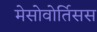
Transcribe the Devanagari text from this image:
मेसोवोर्तिसस